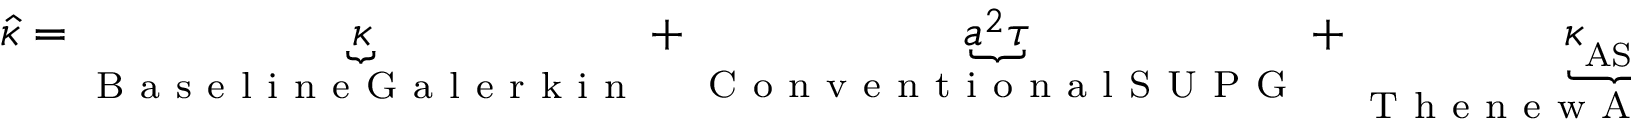
\hat { \kappa } = \underbrace { \kappa } _ { \mathrm { ~ B ~ a ~ s ~ e ~ l ~ i ~ n ~ e ~ G ~ a ~ l ~ e ~ r ~ k ~ i ~ n ~ } } + \underbrace { a ^ { 2 } \tau } _ { \mathrm { ~ C ~ o ~ n ~ v ~ e ~ n ~ t ~ i ~ o ~ n ~ a ~ l ~ S ~ U ~ P ~ G ~ } } + \underbrace { \kappa _ { _ \mathrm { A S U } } } _ { \mathrm { ~ T ~ h ~ e ~ n ~ e ~ w ~ A ~ S ~ U ~ t ~ e ~ r ~ m ~ } }